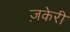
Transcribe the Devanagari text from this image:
ज़केरी